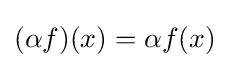
(\alpha f)(x)=\alpha f(x)